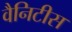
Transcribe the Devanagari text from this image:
वैनिटीस